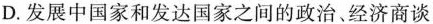
D.发展中国家和发达国家之间的政治、经济商谈